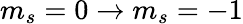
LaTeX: m_{s}=0\rightarrow m_{s}=-1